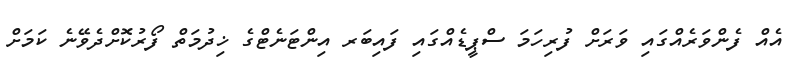
އެއް ފެންވަރެއްގައި ވަރަށް ފުރިހަމަ ސްޕީޑެއްގައި ފައިބަރ އިންޓަނެޓްގެ ޚިދުމަތް ފޯރުކޮށްދެވޭނެ ކަމަށް